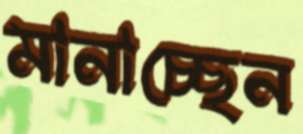
মানাচ্ছেন